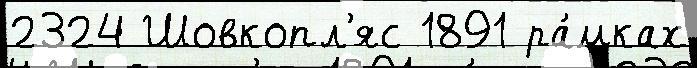
2324 Шовкопл'яс 1891 ра́мках